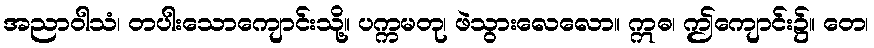
အညာဝါသံ၊ တပါးသောကျောင်းသို့။ ပက္ကမတု၊ ဖဲသွားလေလော။ ဣဓ၊ ဤကျောင်း၌။ တေ၊